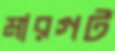
মারগট